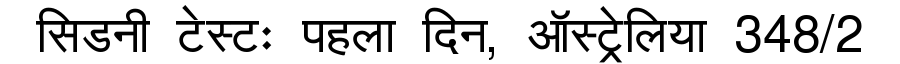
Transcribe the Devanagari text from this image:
सिडनी टेस्टः पहला दिन, ऑस्ट्रेलिया 348/2